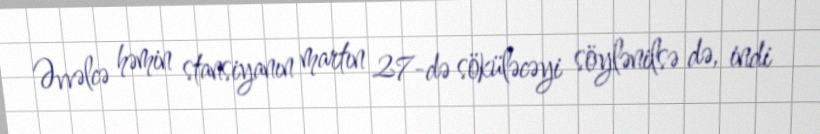
Əvvəlcə həmin stansiyanın martın 27-də söküləcəyi söylənilsə də, indi